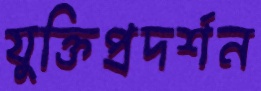
যুক্তিপ্রদর্শন